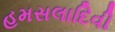
હમસલાદિવી